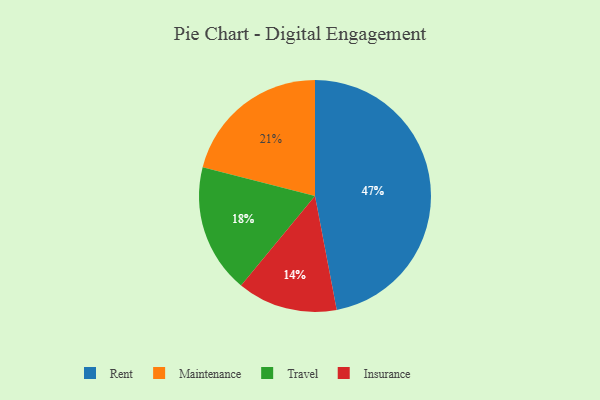
{"axis": {"x": "Category", "y": "Percentage"}, "legend": ["Insurance", "Maintenance", "Rent", "Travel"], "data": [{"x": "Travel", "y": 18, "type": "Travel"}, {"x": "Insurance", "y": 14, "type": "Insurance"}, {"x": "Maintenance", "y": 21, "type": "Maintenance"}, {"x": "Rent", "y": 47, "type": "Rent"}]}